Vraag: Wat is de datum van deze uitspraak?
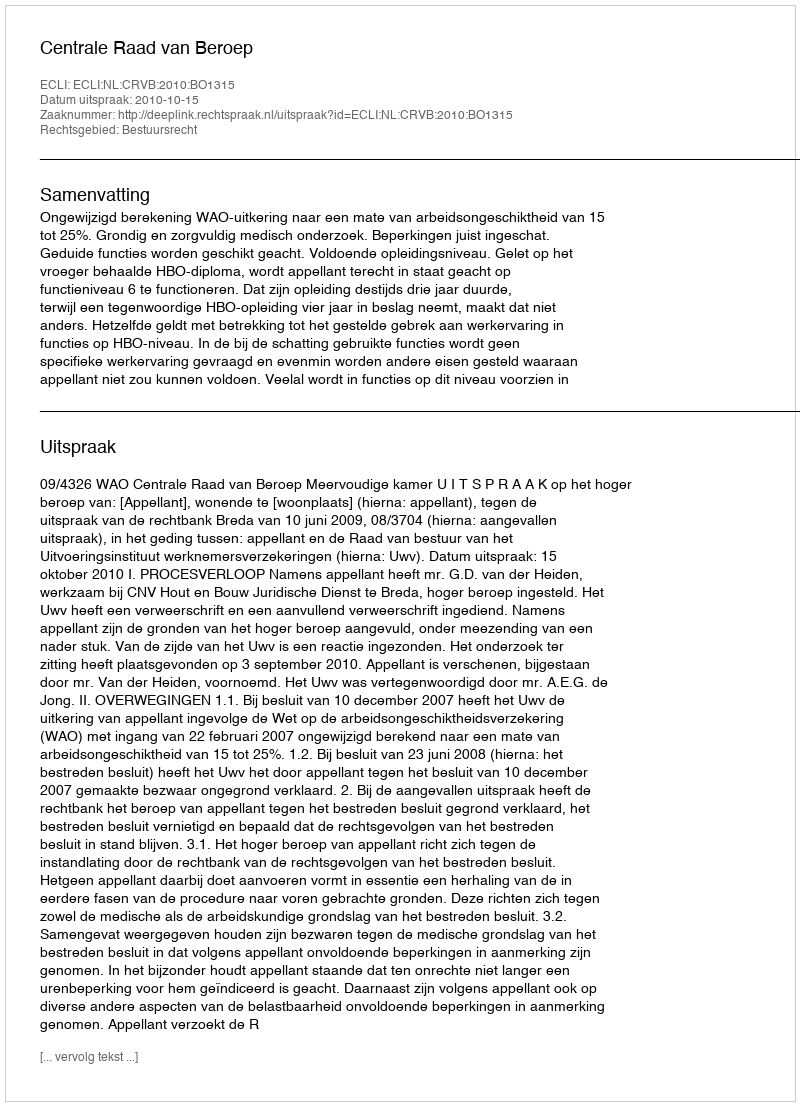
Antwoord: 2010-10-15